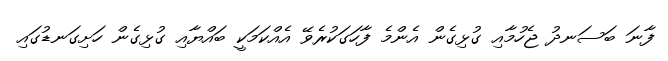
ފާނަ ބަސަނދު ޖެހުމާއި ގުޅިގެން އެންމެ ފާހަގަކުރެވޭ އެއްކަމަކީ ބައްޔާއި ގުޅިގެން ހަށިގަނޑުގައި